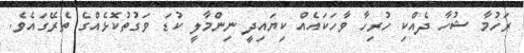
ރަހުމާ ޝުހާ ދެއްކި ހުރިހާ ވާހަކައެއް ކިޔައިދީ ނިންމާލީ ކުޑަ ވަގުތުކޮޅެއްގެ ތެރޭގައެވެ.